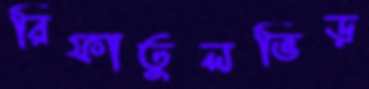
রিফাতুলভিড়